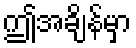
ဤအချိန်မှာ